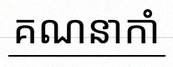
គណនាកាំ